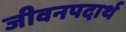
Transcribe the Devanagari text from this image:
जीवनपदार्थ